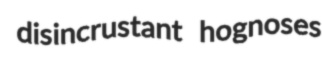
disincrustant hognoses